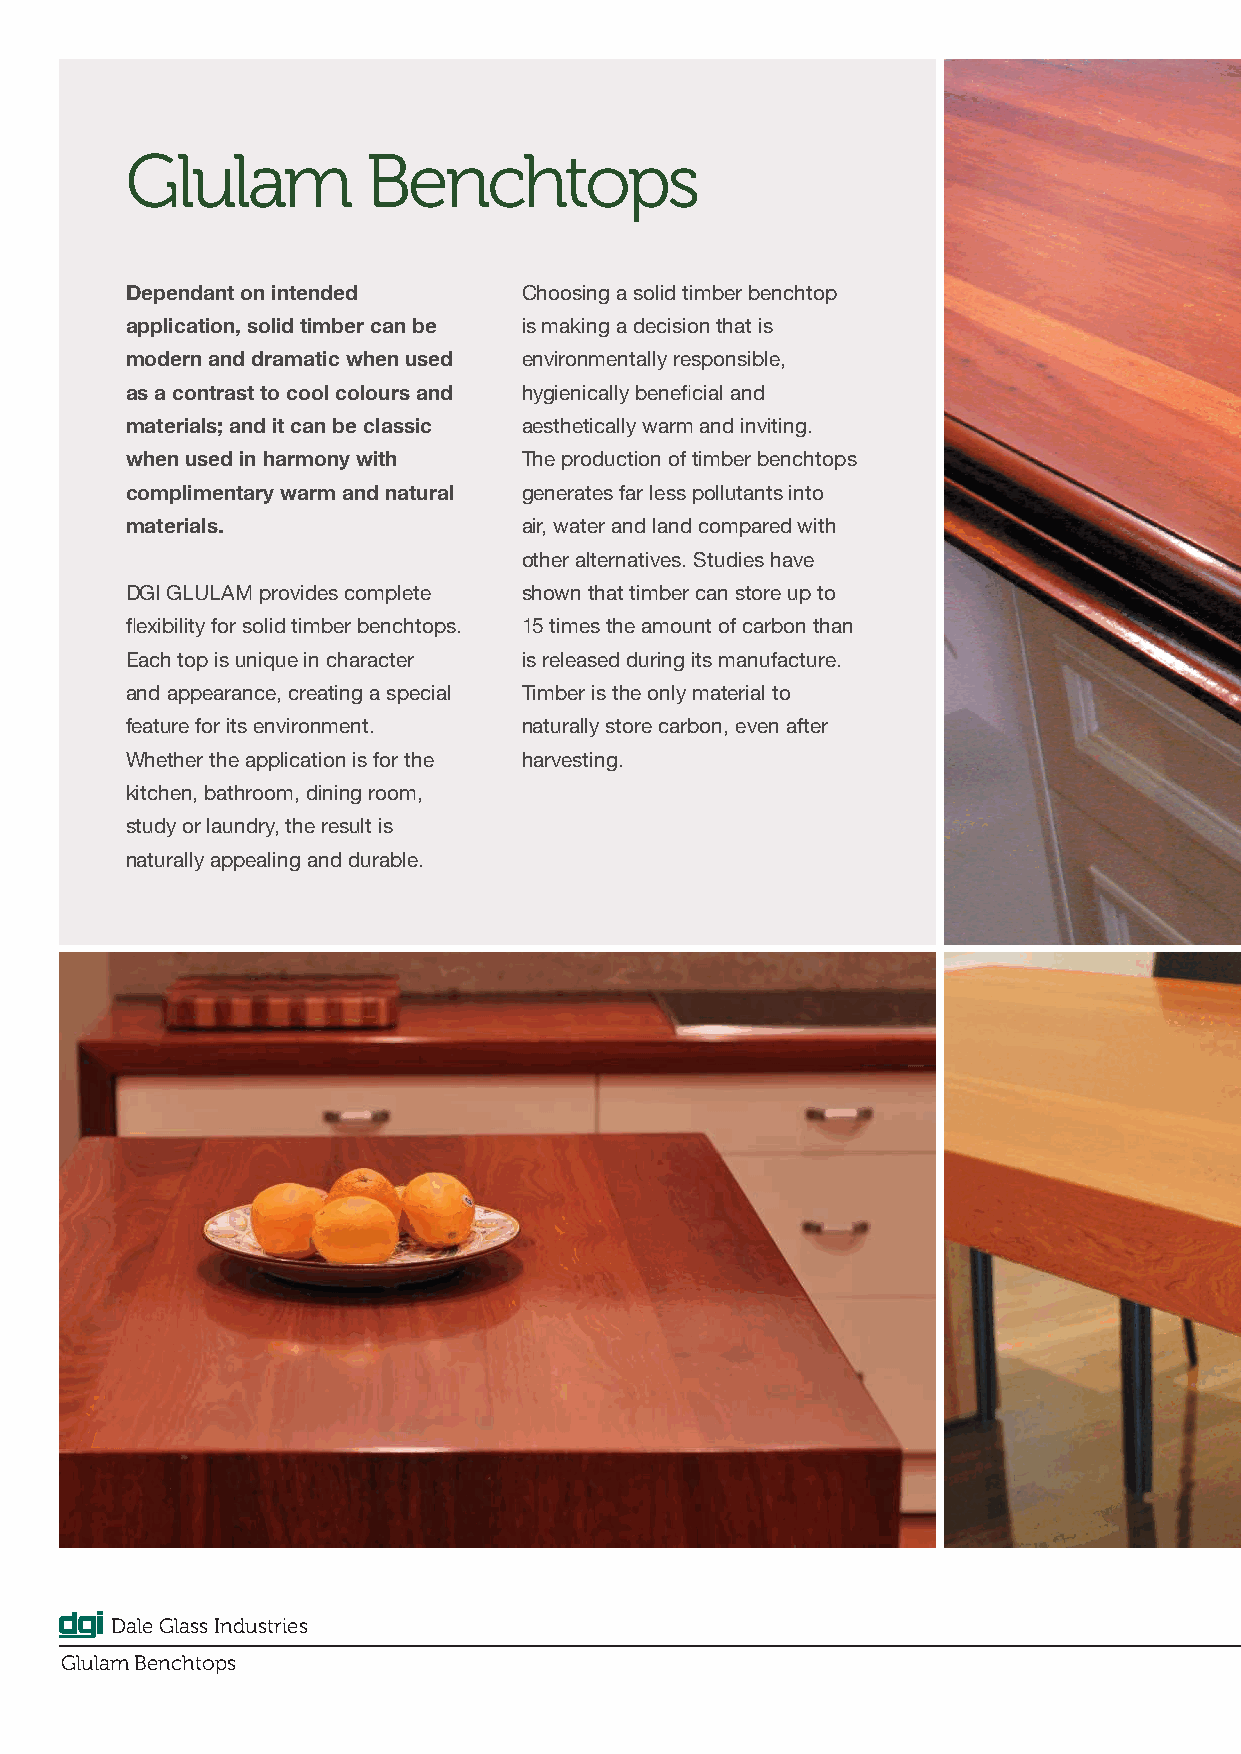
Glulam          Benchtops
 Dependant on intended      Choosing a solid timber benchtop
 application, solid timber can be is making a decision that is
 modern and dramatic when used environmentally responsible,
 as a contrast to cool colours and hygienically beneficial and
 materials; and it can be classic aesthetically warm and inviting.
 when used in harmony with  The production of timber benchtops
 complimentary warm and natural generates far less pollutants into
 materials.                 air, water and land compared with
 other alternatives. Studies have
 DGI GLULAM provides complete shown that timber can store up to
 flexibility for solid timber benchtops. 15 times the amount of carbon than
 Each top is unique in character is released during its manufacture.
 and appearance, creating a special Timber is the only material to
 feature for its environment. naturally store carbon, even after
 Whether the application is for the harvesting.
 kitchen, bathroom, dining room,
 study or laundry, the result is
 naturally appealing and durable.
 Dale Glass Industries
 Glulam Benchtops